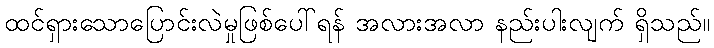
ထင်ရှားသောပြောင်းလဲမှုဖြစ်ပေါ်ရန် အလားအလာ နည်းပါးလျက် ရှိသည်။